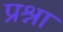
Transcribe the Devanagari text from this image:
प्रश्ना